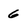
Character: 6